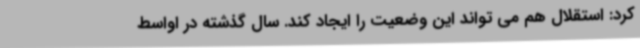
کرد: استقلال هم می تواند این وضعیت را ایجاد کند. سال گذشته در اواسط